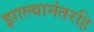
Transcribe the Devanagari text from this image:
झाल्यानंतरहि